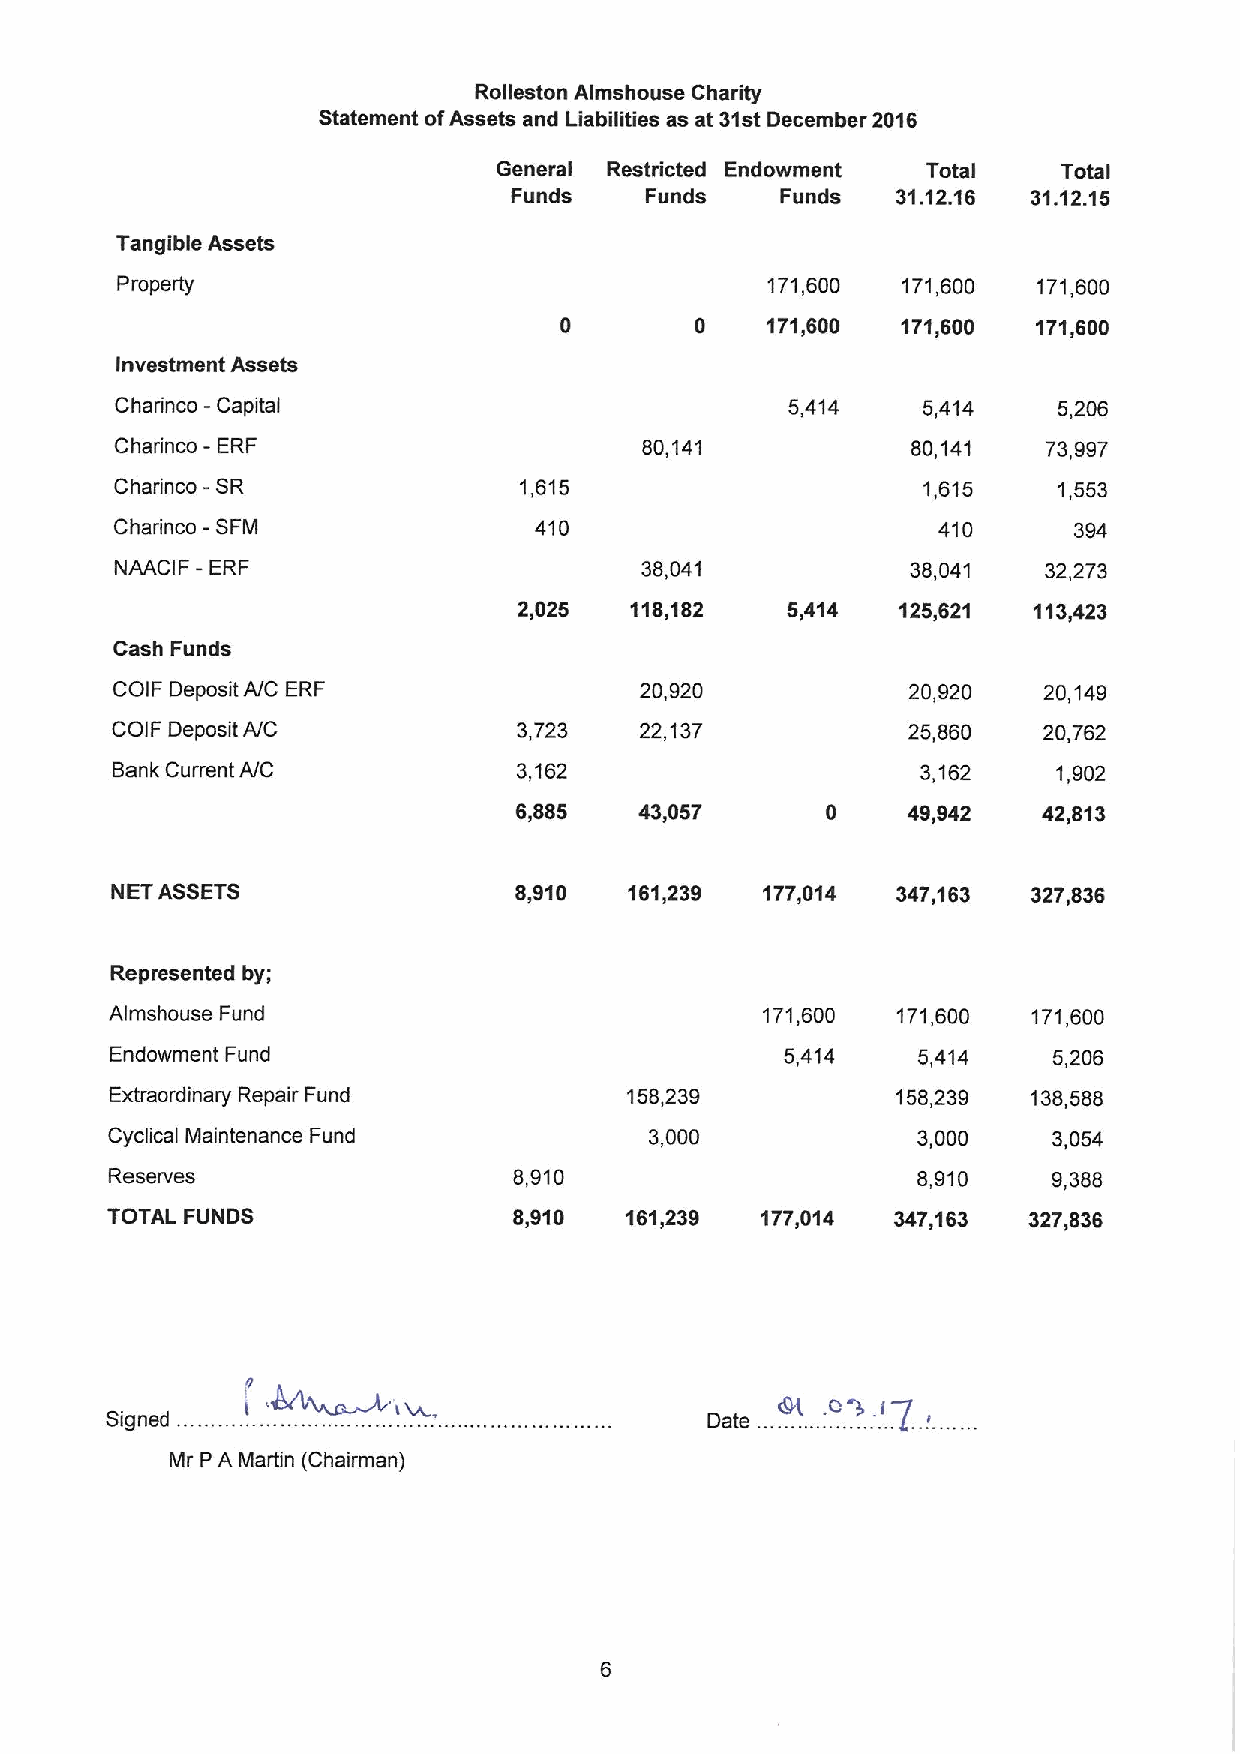
Rolleston Almshouse Charity
 Statement ofAssets and Liabilities as at 31stDecember 2016
 General Restricted Endowment Total   Total
 Funds    Funds    Funds  31.12.16 31.12.15
 Tangible Assets
 Property                                   171,600  171,600  171,600
 0    171,600  171,600  171,600
 Investment Assets
 Charinco - Capital                          5,414    5,414    5,206
 Charinco - ERF                     80,141           80,141   73,997
 Charinco -SR              1,615                      1,615    1,553
 Charinco - SFM             410                        410      394
 -
 NAACIF ERF                        38,041            38,041   32,273
 2,025   118,182   5,414  125,621  113,423
 Cash Funds
 COIF Deposit NC ERF                20,920            20,920   20,149
 COIF Deposit NC            3,723   22,137            25,860   20,762
 Bank Current NC            3,162                      3,162    1,902
 6,885   43,057       0    49,942   42,813
 NET ASSETS                 8,910   161,239 177,014  347,163  327,836
 Represented by;
 Almshouse Fund                             171,600  171,600  171,600
 Endowment Fund                               5,414    5,414    5,206
 Extraordinary Repair Fund          158,239          158,239  136,588
 Cyclical Maintenance Fund           3,000             3,000    3,054
 Reserves                   6,910                      6,910    9,386
 TOTAL FUNDS                8,910  161,239  177,014  347,163  327,836
 n
 I                              Dt
 Mr PA Martin (Chairman)